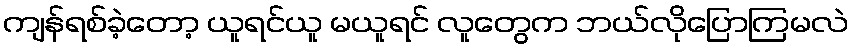
ကျန်ရစ်ခဲ့တော့ ယူရင်ယူ မယူရင် လူတွေက ဘယ်လိုပြောကြမလဲ